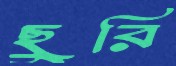
ছুরি